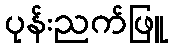
ပုန်းညက်ဖြူ